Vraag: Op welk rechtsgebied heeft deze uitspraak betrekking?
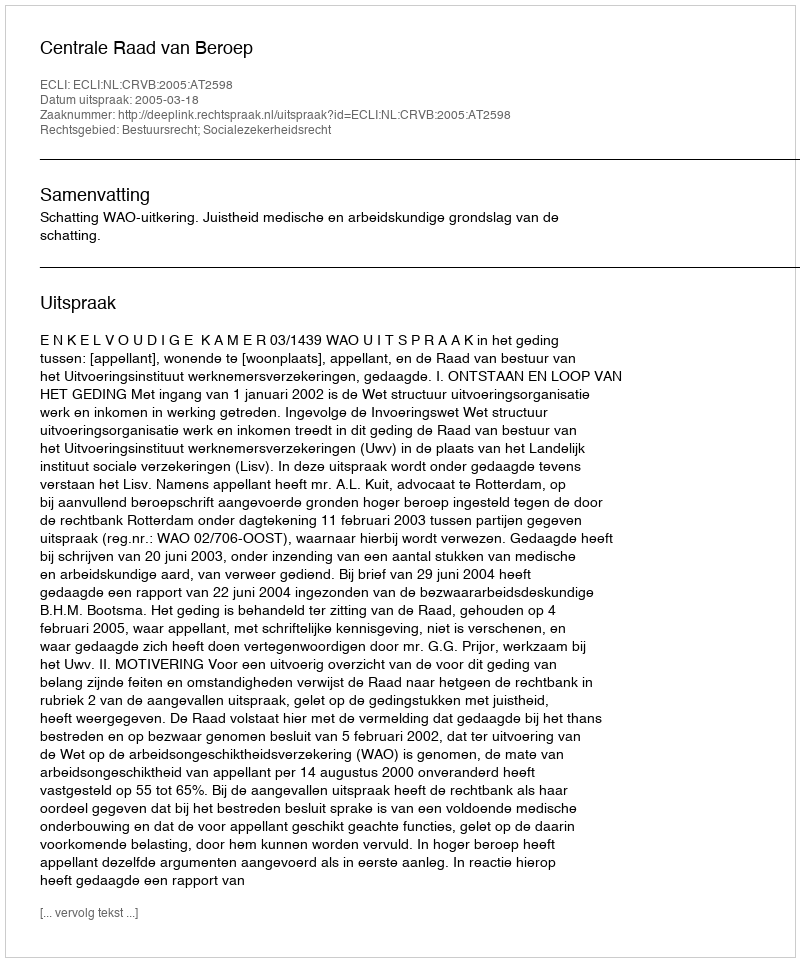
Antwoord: Bestuursrecht; Socialezekerheidsrecht